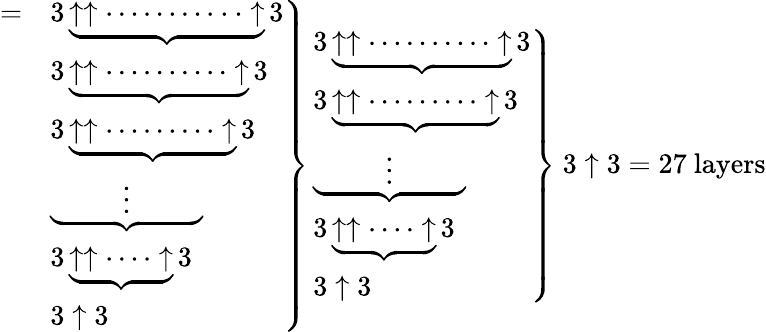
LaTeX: \left.{\begin{array}{ll}{=}&{3\underbrace{\uparrow\uparrow\cdots\cdots\cdots\cdot\cdot\uparrow}3}\\ &{3\underbrace{\uparrow\uparrow\cdots\cdots\cdots\cdot\uparrow}3}\\ &{3\underbrace{\uparrow\uparrow\cdots\cdots\cdots\uparrow}3}\\ &{\underbrace{\qquad\; \; \vdots\qquad\; \; }}\\ &{3\underbrace{\uparrow\uparrow\cdots\cdot\uparrow}3}\\ &{3\uparrow 3}\end{array}}\right\} \left.{\begin{array}{l}{3\underbrace{\uparrow\uparrow\cdots\cdots\cdots\cdot\uparrow}3}\\ {3\underbrace{\uparrow\uparrow\cdots\cdots\cdots\uparrow}3}\\ {\underbrace{\qquad\; \; \vdots\qquad\; \; }}\\ {3\underbrace{\uparrow\uparrow\cdots\cdot\uparrow}3}\\ {3\uparrow 3}\end{array}}\right\} \ 3\uparrow 3={\mathrm{27~layers}}